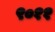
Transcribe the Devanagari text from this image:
९०११